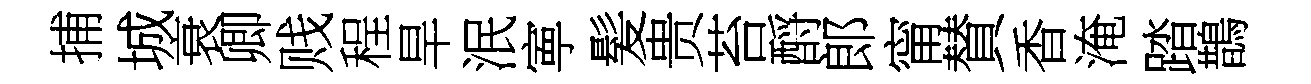
捕城衰卿贱程旱泯寕髪贵苔酹郎甯賛香淹踏鵲